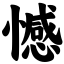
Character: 憾